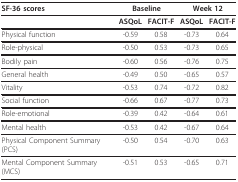
<table><thead><tr><td><b>SF-36 scores</b></td><td colspan="2"><b>Baseline</b></td><td colspan="2"><b>Week 12</b></td></tr></thead><tbody><tr><td></td><td><b>ASQoL</b></td><td><b>FACIT-F</b></td><td><b>ASQoL</b></td><td><b>FACIT-F</b></td></tr><tr><td>Physical function</td><td>-0.59</td><td>0.58</td><td>-0.73</td><td>0.64</td></tr><tr><td>Role-physical</td><td>-0.50</td><td>0.53</td><td>-0.73</td><td>0.65</td></tr><tr><td>Bodily pain</td><td>-0.60</td><td>0.56</td><td>-0.76</td><td>0.75</td></tr><tr><td>General health</td><td>-0.49</td><td>0.50</td><td>-0.65</td><td>0.57</td></tr><tr><td>Vitality</td><td>-0.53</td><td>0.74</td><td>-0.72</td><td>0.82</td></tr><tr><td>Social function</td><td>-0.66</td><td>0.67</td><td>-0.77</td><td>0.73</td></tr><tr><td>Role-emotional</td><td>-0.39</td><td>0.42</td><td>-0.64</td><td>0.61</td></tr><tr><td>Mental health</td><td>-0.53</td><td>0.42</td><td>-0.67</td><td>0.64</td></tr><tr><td>Physical Component Summary (PCS)</td><td>-0.50</td><td>0.54</td><td>-0.70</td><td>0.63</td></tr><tr><td>Mental Component Summary (MCS)</td><td>-0.51</td><td>0.53</td><td>-0.65</td><td>0.71</td></tr></tbody></table>